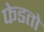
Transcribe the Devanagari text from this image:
फेडतो